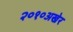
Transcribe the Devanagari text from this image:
२०१०अखेर